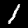
Digit: 1